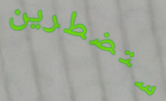
ستضطرين